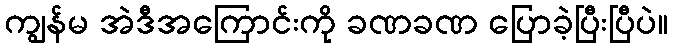
ကျွန်မ အဲဒီအကြောင်းကို ခဏခဏ ပြောခဲ့ပြီးပြီပဲ။